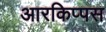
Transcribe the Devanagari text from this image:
आरकिप्पस